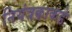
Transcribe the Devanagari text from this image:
नियंत्रकाकडे